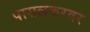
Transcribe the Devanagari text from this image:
पासलकरवर